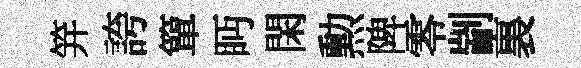
笄誇簞眄閑勲陴零剬裏